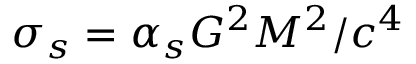
\sigma _ { s } = \alpha _ { s } G ^ { 2 } M ^ { 2 } / c ^ { 4 }